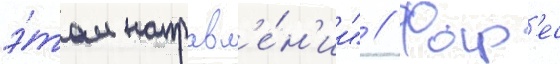
э́том направл'е́н'ии" // Фар'ес